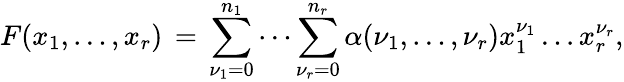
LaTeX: F(x_{1},\ldots,x_{r})\, =\, \sum_{\nu_{1}=0}^{n_{1}}\cdots\sum_{\nu_{r}=0}^{n_{r}}\alpha(\nu_{1},\ldots,\nu_{r})x_{1}^{\nu_{1}}\ldots x_{r}^{\nu_{r}},